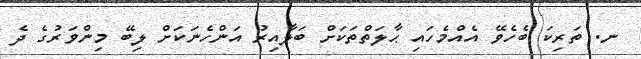
ނ. ތަރިކަ ބެހެވޭ އެއްމެހައި ޙާލަތްތަކަށް ބަލާއިރު އަންހެނަކަށް ލިބޭ މިންވަރުގެ ދެ